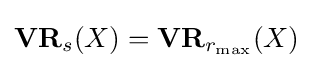
\mathbf {VR} _{s}(X)=\mathbf {VR} _{r_{\max }}(X)